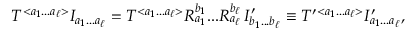
\begin{array} { r } { { \cal T } ^ { < a _ { 1 } . . . a _ { \ell } > } { \cal I } _ { a _ { 1 } . . . a _ { \ell } } = { \cal T } ^ { < a _ { 1 } . . . a _ { \ell } > } R _ { a _ { 1 } } ^ { b _ { 1 } } . . . R _ { a _ { \ell } } ^ { b _ { \ell } } \, { \cal I } _ { b _ { 1 } . . . b _ { \ell } } ^ { \prime } \equiv { \cal T } ^ { \prime } { } ^ { < a _ { 1 } . . . a _ { \ell } > } { \cal I } _ { a _ { 1 } . . . a _ { \ell } } ^ { \prime } , } \end{array}